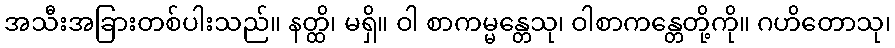
အသီးအခြားတစ်ပါးသည်။ နတ္ထိ၊ မရှိ။ ဝါ စာကမ္မန္တေသု၊ ဝါစာကန္တေတို့ကို။ ဂဟိတောသု၊